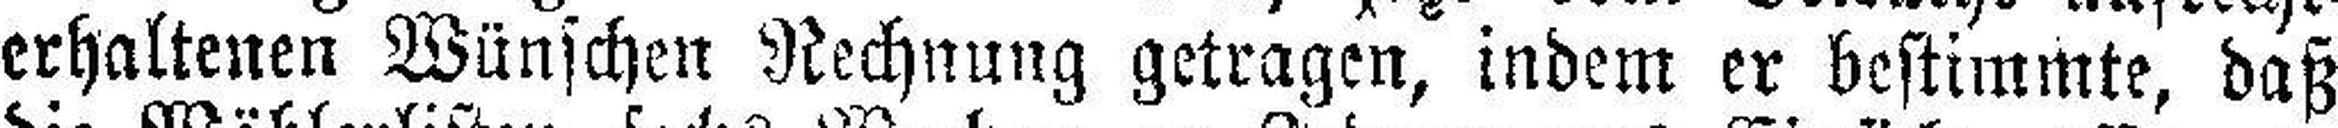
erhaltenen Wünschen Rechnung getragen, indem er bestimmte, daß